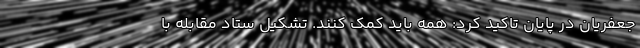
جعفریان در پایان تاکید کرد: همه باید کمک کنند. تشکیل ستاد مقابله با